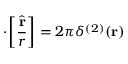
{ \bf \nabla } \! \cdot \! \left[ \frac { \hat { \bf r } } { r } \right] = 2 \pi \delta ^ { ( 2 ) } ( { \bf r } ) \;